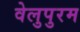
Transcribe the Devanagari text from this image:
वेलुपुरम